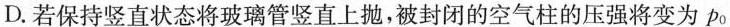
D.若保持竖直状态将玻璃管竖直上抛，被封闭的空气柱的压强将变为p_{0}